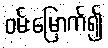
ဝမ်းမြောက်၍